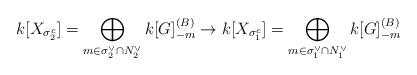
LaTeX: \begin{align*}k[X_{\sigma_2^c}]=\bigoplus_{m\in\sigma_2^\vee\cap N_2^\vee} k[G]^{(B)}_{-m} \to k[X_{\sigma_1^c}]=\bigoplus_{m\in\sigma_1^\vee\cap N_1^\vee} k[G]^{(B)}_{-m}\end{align*}